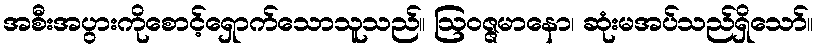
အစီးအပွားကိုစောင့်ရှောက်သောသူသည်။ ဩဝဇ္ဇမာနော၊ ဆုံးမအပ်သည်ရှိသော်။